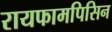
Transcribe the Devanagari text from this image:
रायफामपिसिन